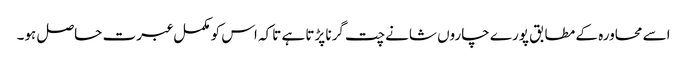
اسے محاورہ کے مطابق پورے چاروں شانے چت گرنا پڑتا ہے تاکہ اس کو مکمل عبرت حاصل ہو۔